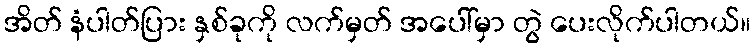
အိတ် နံပါတ်ပြား နှစ်ခုကို လက်မှတ် အပေါ်မှာ တွဲ ပေးလိုက်ပါတယ်။